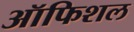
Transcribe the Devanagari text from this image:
ऑफिशल